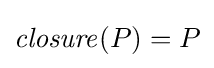
{\mathit {closure}}(P)=P